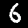
Digit: 6